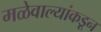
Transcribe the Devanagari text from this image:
मळेवाल्यांकडून